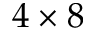
4 \times 8